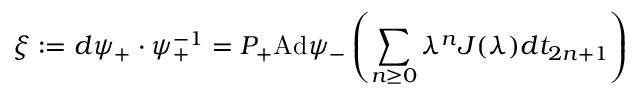
\xi : = d \psi _ { + } \cdot \psi _ { + } ^ { - 1 } = P _ { + } \mathrm { A d } \psi _ { - } \left( \sum _ { n \geq 0 } \lambda ^ { n } J ( \lambda ) d t _ { 2 n + 1 } \right)